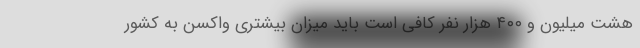
هشت میلیون و ۴۰۰ هزار نفر کافی است باید میزان بیشتری واکسن به کشور